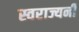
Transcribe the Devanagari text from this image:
स्वराज्यनी